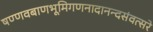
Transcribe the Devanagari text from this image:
षण्णवबाणभूमिगणनादानन्दसंवत्सरे